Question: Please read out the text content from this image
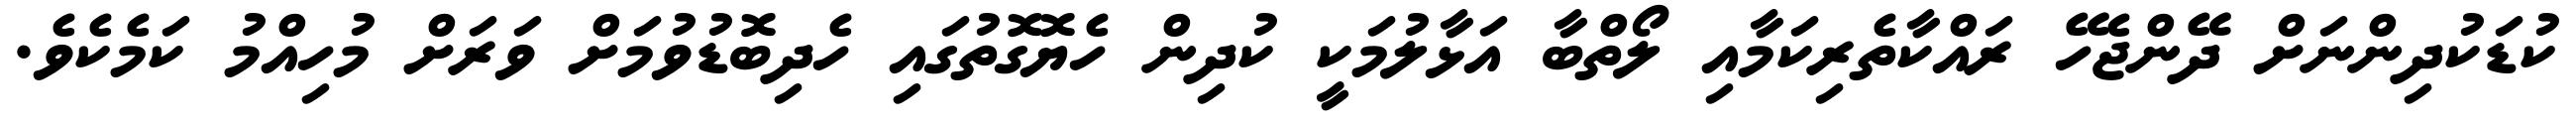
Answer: ކުޑަކުދިންނަށް ދޭންޖެހޭ ރައްކާތެރިކަމާއި ލޯތްބާ އަޅާލުމަކީ ކުދިން ހެޔޮގޮތުގައި ހެދިބޮޑުވުމަށް ވަރަށް މުހިއްމު ކަމެކެވެ.